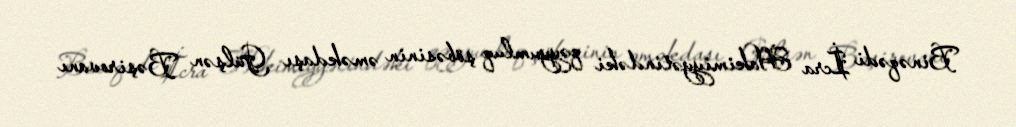
Binəqədi İcra Hakimiyyətindəki qəyyumluq şöbəsinin əməkdaşı Gülşən Bəşirovanı